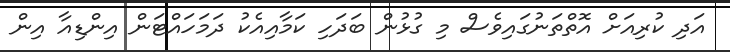
އަދި ކުރިއަށް އޮތްތަނުގައިވެސް މި ގުޅުން ބަދަހި ކަމާއިއެކު ދަމަހައްޓަން އިންޑިއާ އިން